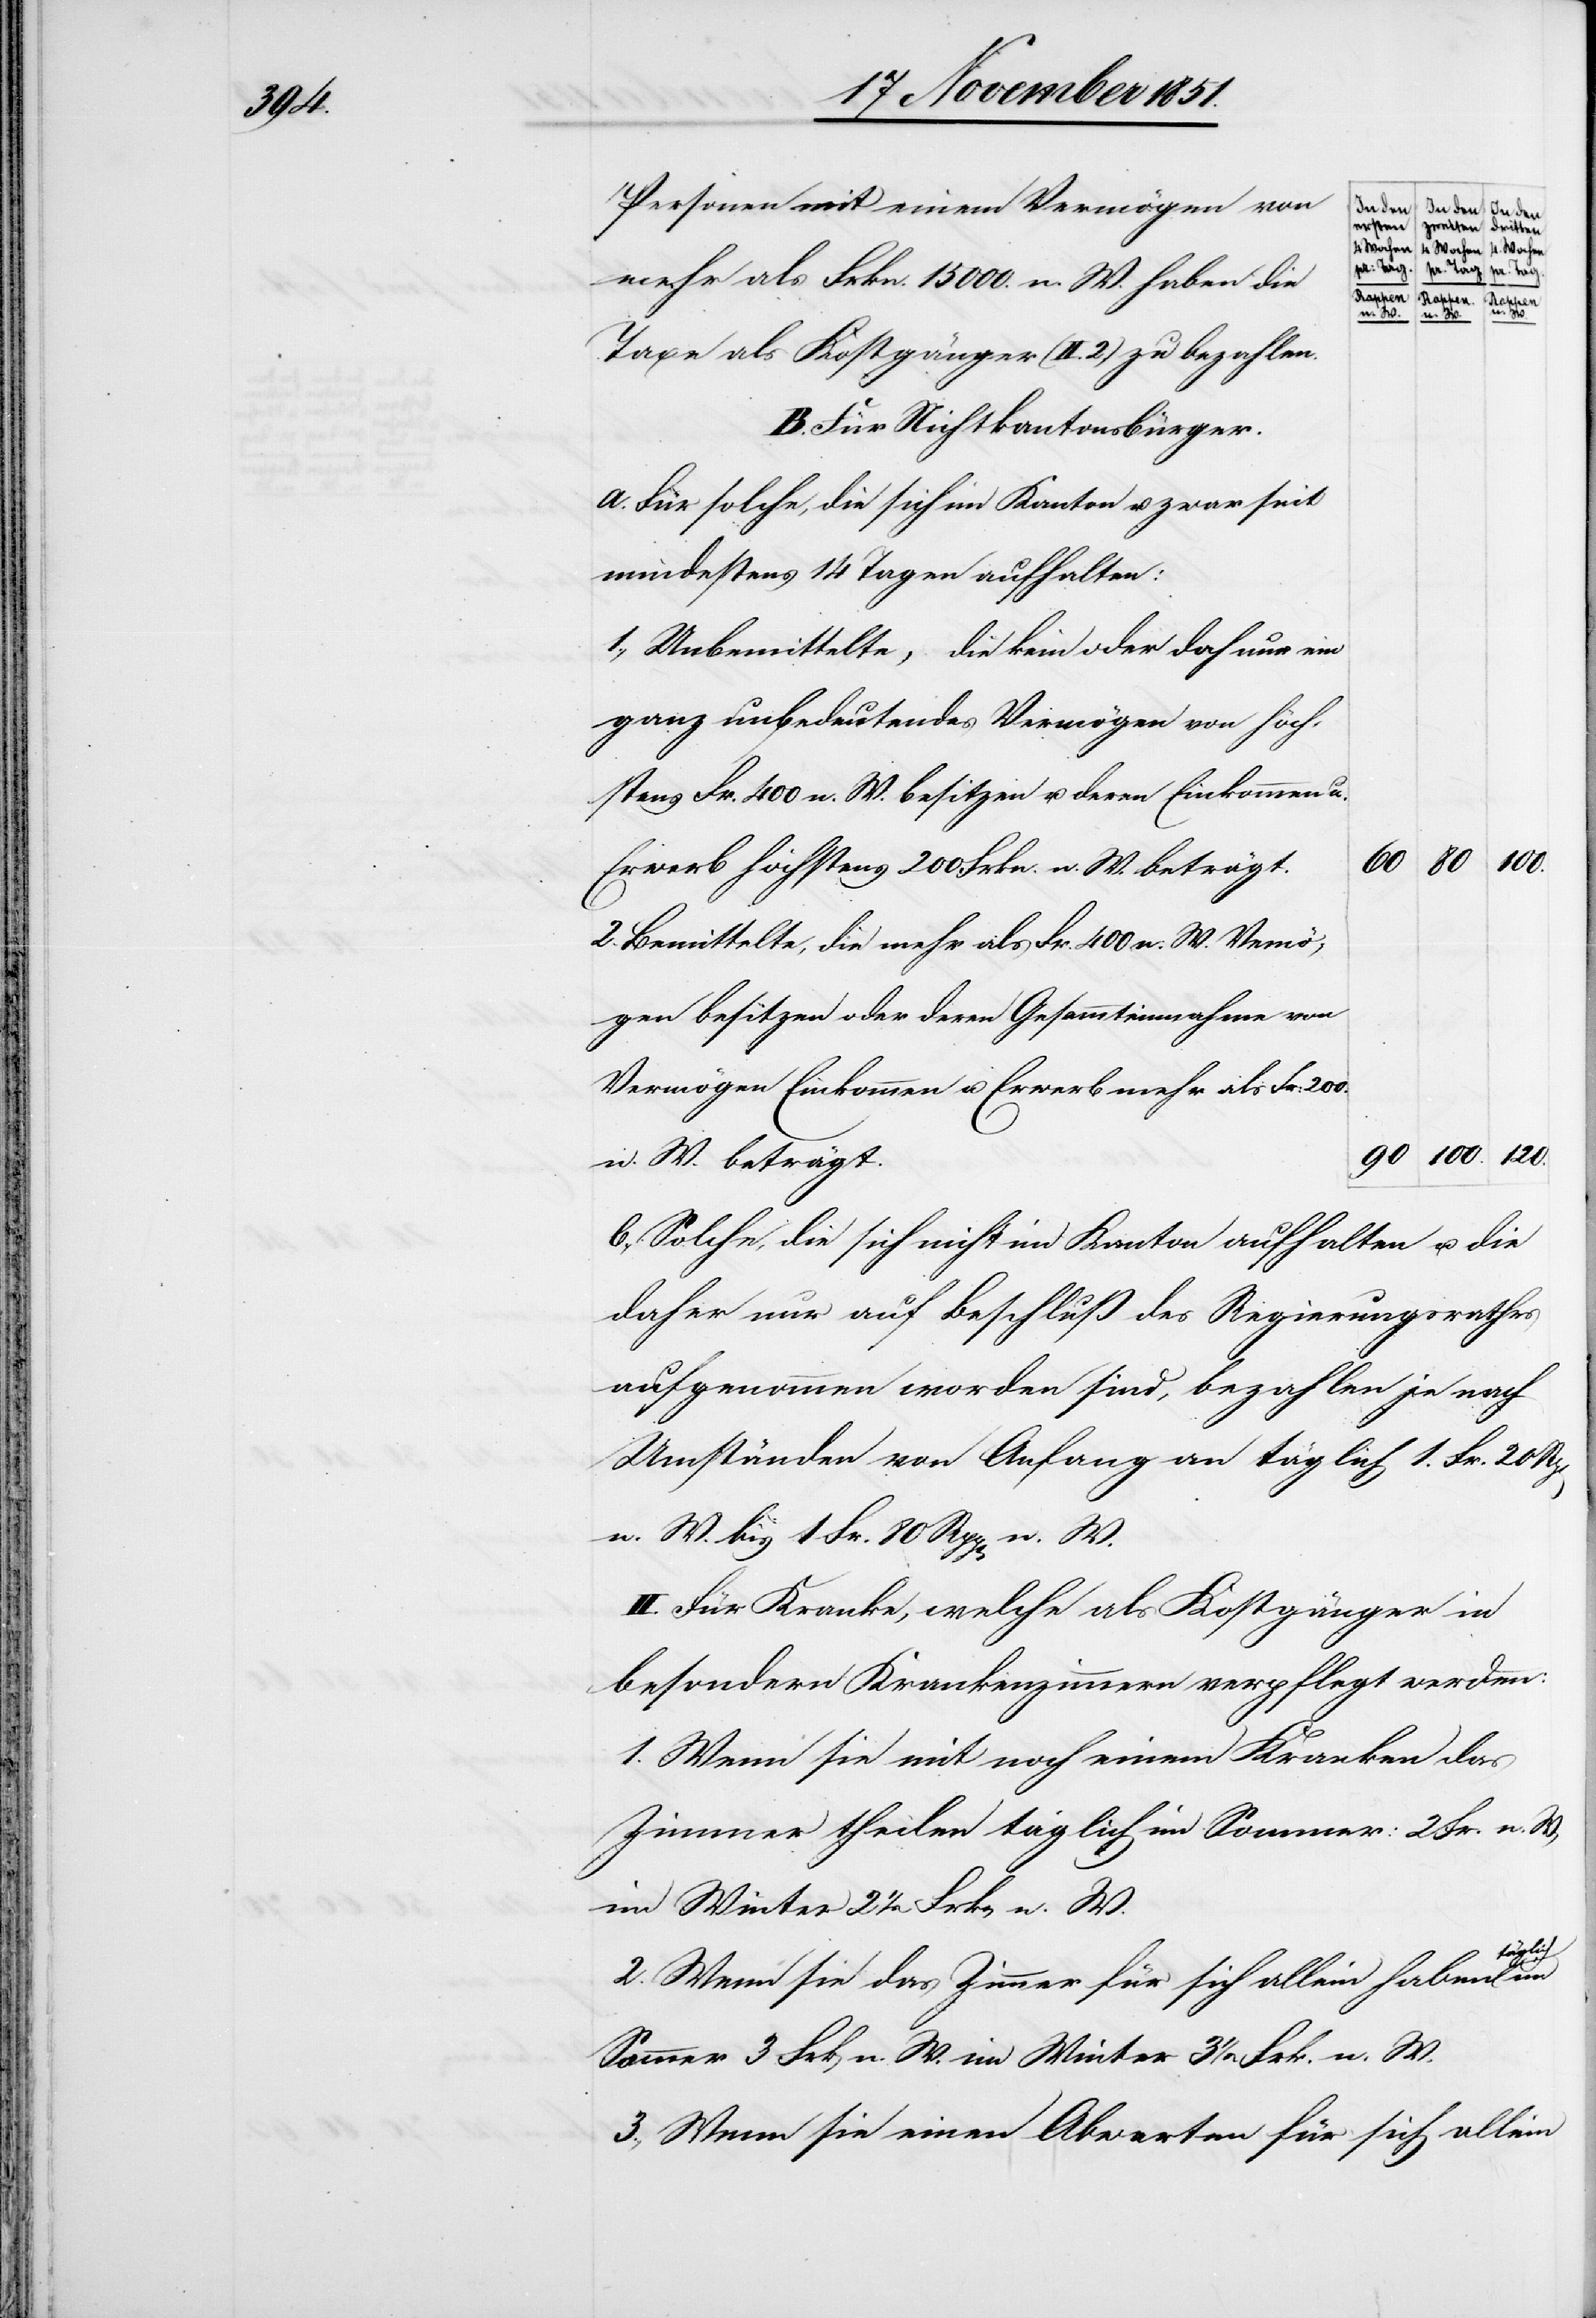
Personen mit einem Vermögen von
mehr als Frkn. 15 000. n. W. haben die
Taxe als Kostgänger (II. 2.) zu bezahlen.
B. Für Nichtkantonsbürger.
a. Für solche, die sich im Kanton u. zwar seit
mindestens 14 Tagen aufhalten:
1., Unbemittelte, die kein oder doch nur ein
ganz unbedeutendes Vermögen von höch¬
stens Fr. 400 n. W. besitzen u. deren Einkommen u.
120.
Erwerb höchstens 200 Frkn. n. W. beträgt.
2. Bemittelte, die mehr als Fr. 400 n. W. Ve[r]mö¬
gen besitzen oder deren Gesammteinnahme von
Vermögen[,] Einkommen u. Erwerb mehr als Fr:
n. W. beträgt.
b., Solche, die sich nicht im Kanton aufhalten u. die
daher nur auf Beschluß des Regierungsrathes
aufgenommen worden sind, bezahlen je nach
Umständen von Anfang an täglich 1. Fr. 20
n. W. bis 1 Fr. 80 Rpp[en] n. W.
II. Für Kranke, welche als Kostgänger in
besondern Krankenzimmern verpflegt werden:
1. Wenn sie mit noch einem Kranken das
Zimmer theilen täglich im Sommer: 2 Fr. n. W.,
im Winter 2 1/2 Frkn. n. W.
täglich
2. Wenn sie das Zimmer für sich allein haben
Sommer 3 Frk[en] n. W. im Winter 3 1/2 Frk. n. W.
3., Wenn sie einen Abwarten für sich allein